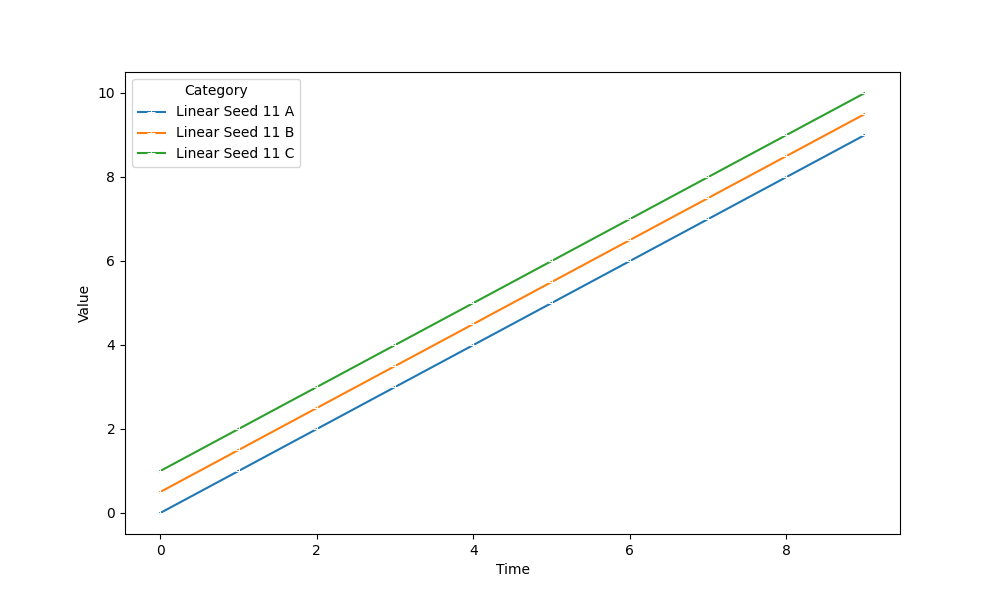
python, seaborn, lineplot, style='solid', marker='+'